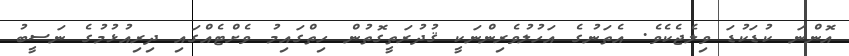
އޮންނަ ކުޑަކުޑަ ވިލެޖެކެވެ. އެތަނުގެ އަހުލުވެރިންނަކީ ޤުދުރަތީގޮތުން ހިތްގައިމު ވެށްޓެއްގައި ދިރިއުޅުމުގެ ނަސީބު